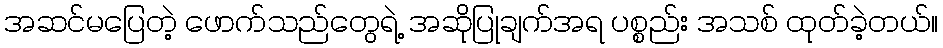
အဆင်မပြေတဲ့ ဖောက်သည်တွေရဲ့ အဆိုပြုချက်အရ ပစ္စည်း အသစ် ထုတ်ခဲ့တယ်။